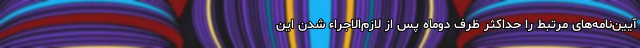
آیین‌نامه‌های مرتبط را حداکثر ظرف دوماه پس از لازم‌الاجراء شدن این